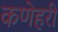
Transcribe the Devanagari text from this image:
कणेहरी